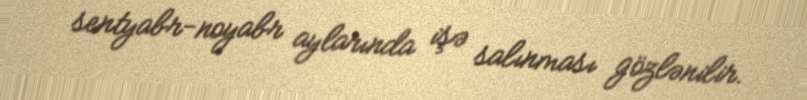
sentyabr-noyabr aylarında işə salınması gözlənilir.